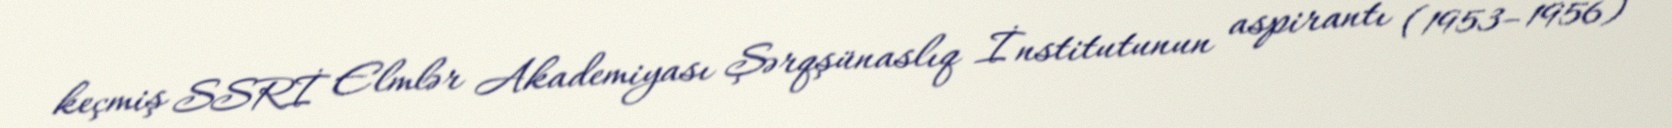
keçmiş SSRİ Elmlər Akademiyası Şərqşünaslıq İnstitutunun aspirantı (1953–1956)